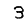
Digit: 3